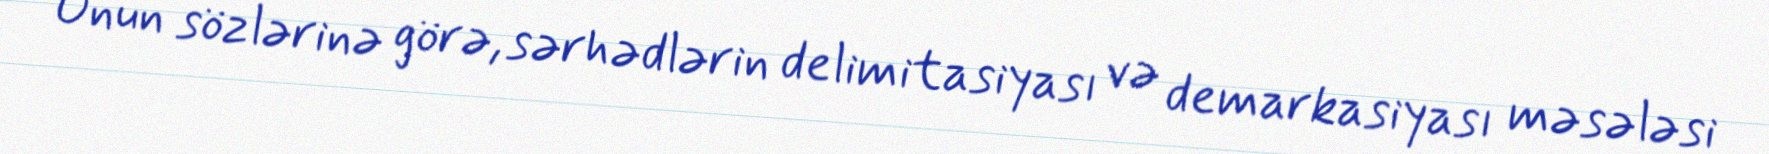
Onun sözlərinə görə, sərhədlərin delimitasiyası və demarkasiyası məsələsi